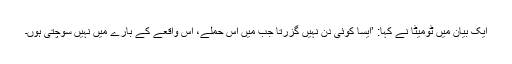
ایک بیان میں ٹومیٹا نے کہا: ’ایسا کوئی دن نہیں گزرتا جب میں اس حملے، اس واقعے کے بارے میں نہیں سوچتی ہوں۔